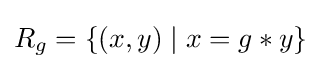
R_{g}=\{(x,y)\mid x=g*y\}